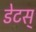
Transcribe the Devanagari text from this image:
डेटस्‌